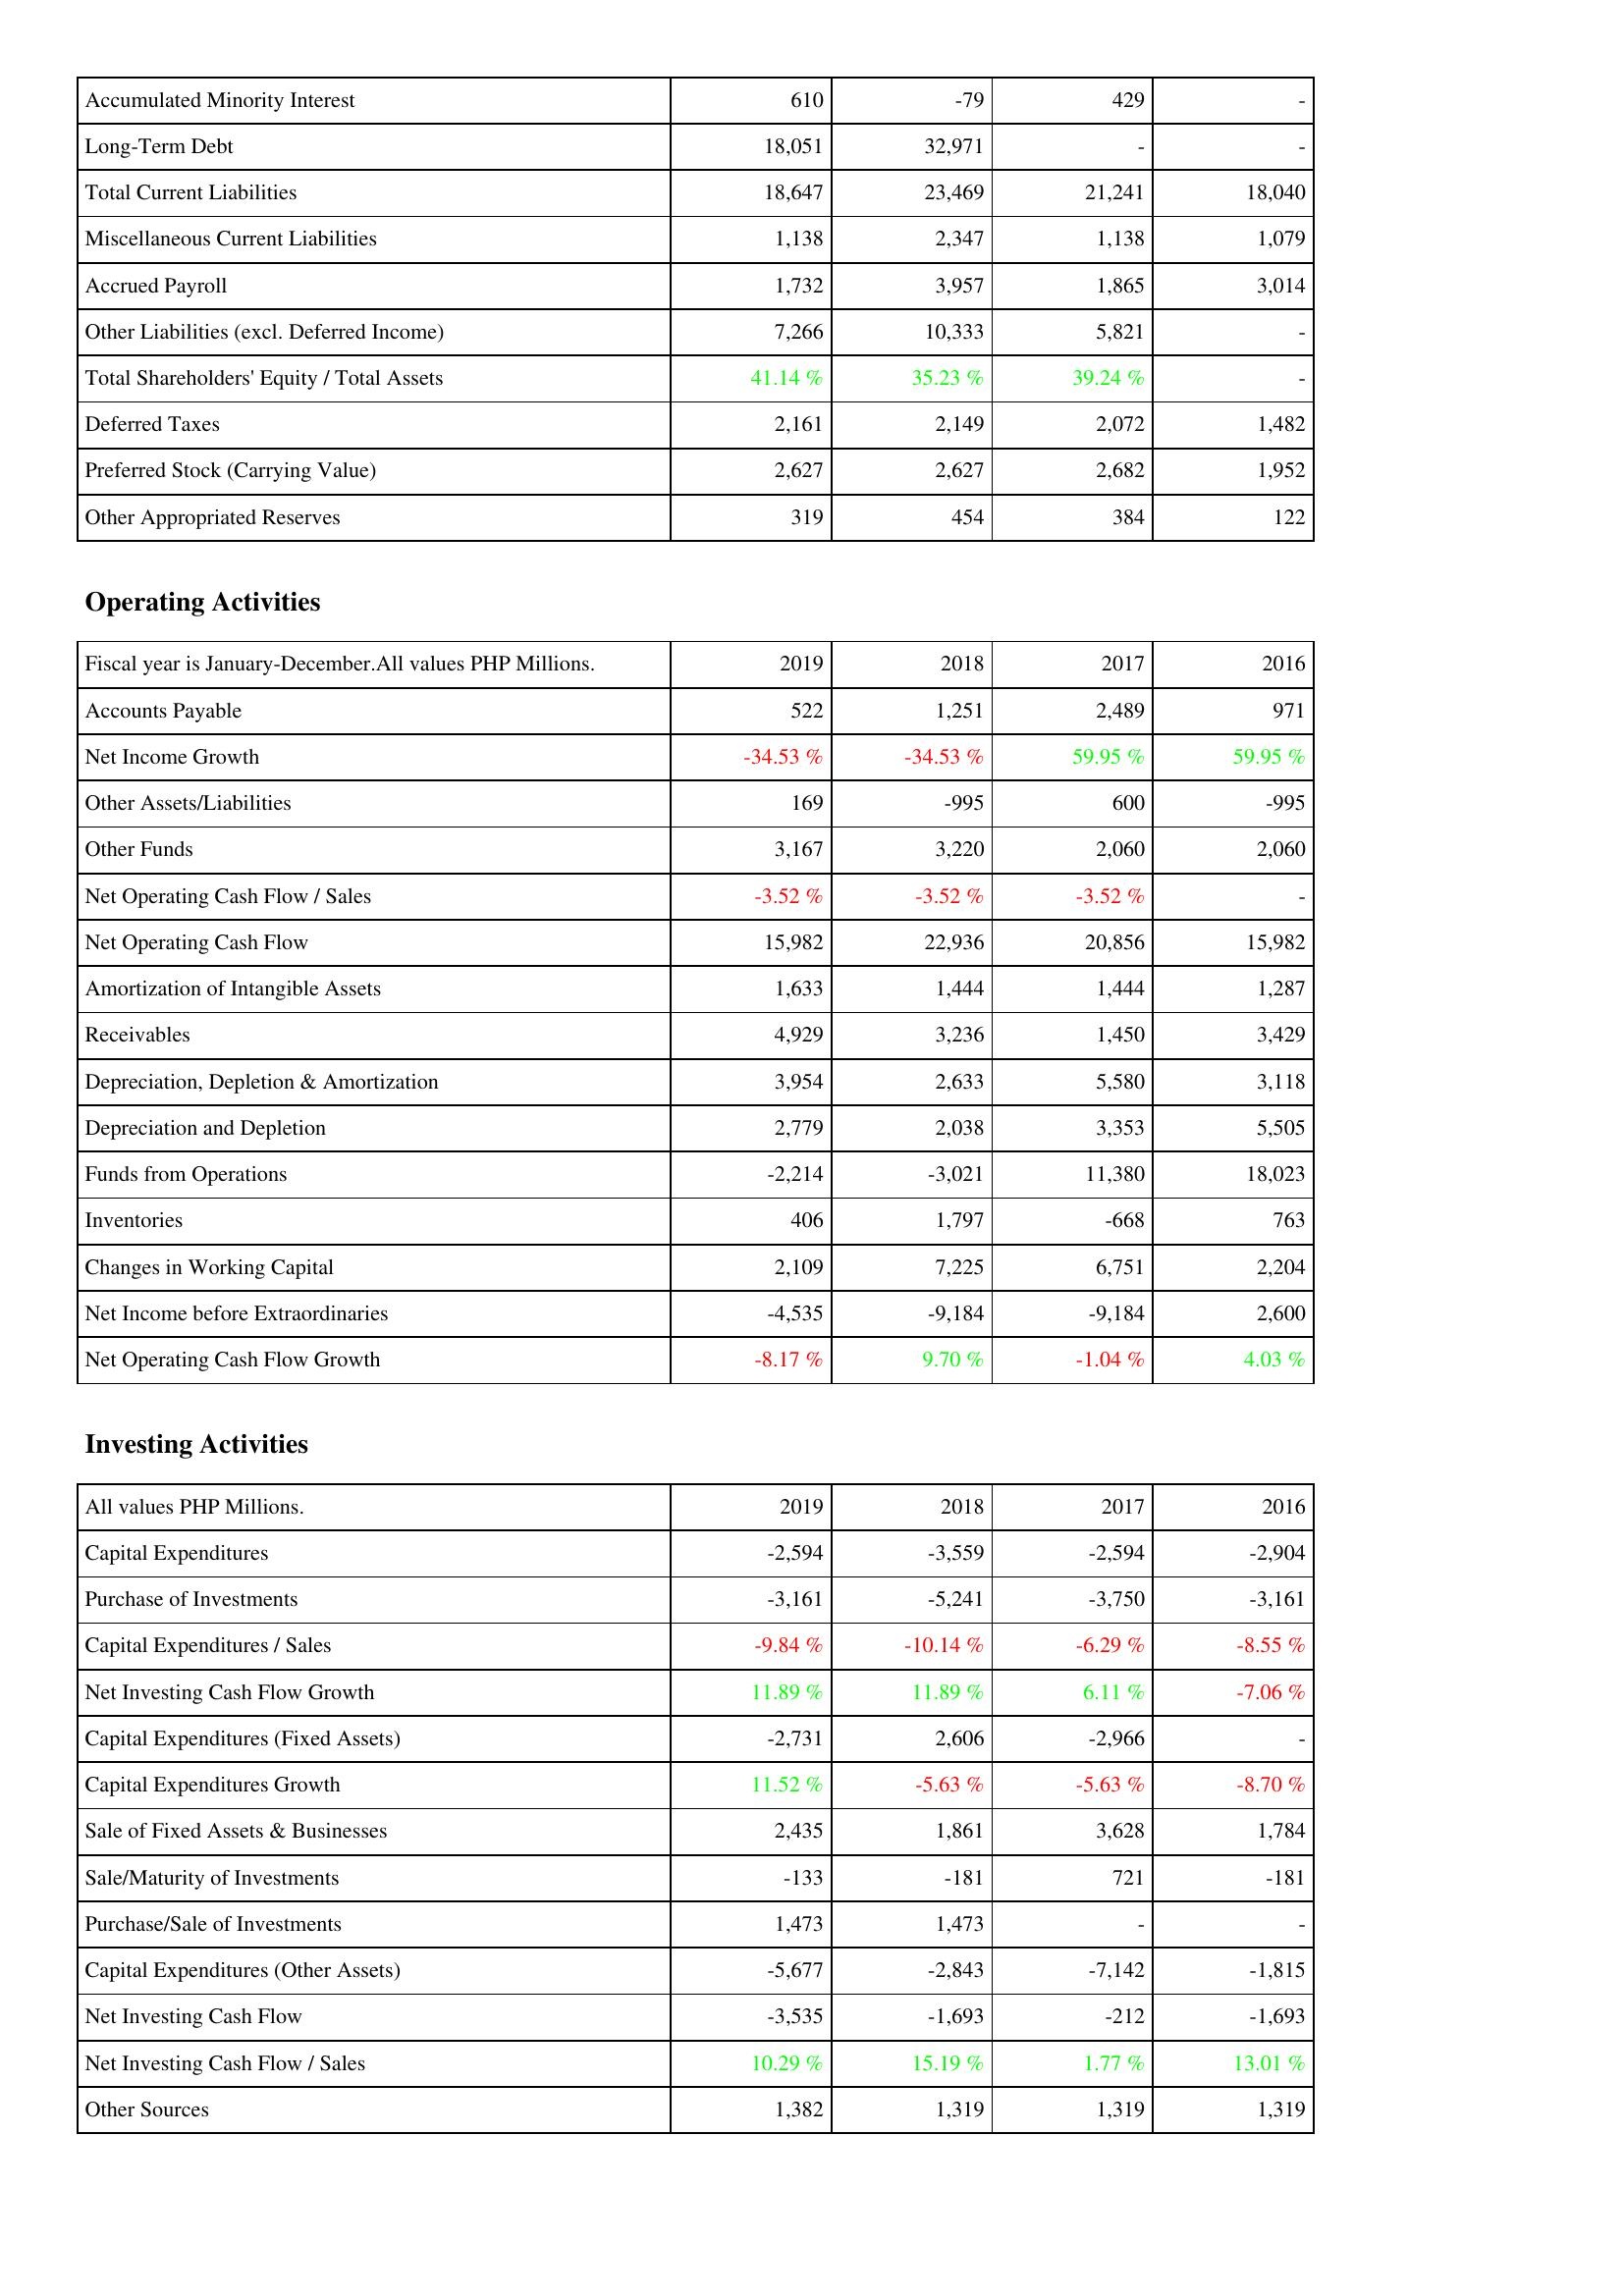
2019: Liabilities & Shareholders' Equity: Accumulated Minority Interest: 610
Long-Term Debt: 18,051
Total Current Liabilities: 18,647
Miscellaneous Current Liabilities: 1,138
Accrued Payroll: 1,732
Other Liabilities (excl. Deferred Income): 7,266
Total Shareholders' Equity / Total Assets: 41.14 %
Deferred Taxes: 2,161
Preferred Stock (Carrying Value): 2,627
Other Appropriated Reserves: 319
Operating Activities: Accounts Payable: 522
Net Income Growth: -34.53 %
Other Assets/Liabilities: 169
Other Funds: 3,167
Net Operating Cash Flow / Sales: -3.52 %
Net Operating Cash Flow: 15,982
Amortization of Intangible Assets: 1,633
Receivables: 4,929
Depreciation, Depletion & Amortization: 3,954
Depreciation and Depletion: 2,779
Funds from Operations: -2,214
Inventories: 406
Changes in Working Capital: 2,109
Net Income before Extraordinaries: -4,535
Net Operating Cash Flow Growth: -8.17 %
Investing Activities: Capital Expenditures: -2,594
Purchase of Investments: -3,161
Capital Expenditures / Sales: -9.84 %
Net Investing Cash Flow Growth: 11.89 %
Capital Expenditures (Fixed Assets): -2,731
Capital Expenditures Growth: 11.52 %
Sale of Fixed Assets & Businesses: 2,435
Sale/Maturity of Investments: -133
Purchase/Sale of Investments: 1,473
Capital Expenditures (Other Assets): -5,677
Net Investing Cash Flow: -3,535
Net Investing Cash Flow / Sales: 10.29 %
Other Sources: 1,382
2018: Liabilities & Shareholders' Equity: Accumulated Minority Interest: -79
Long-Term Debt: 32,971
Total Current Liabilities: 23,469
Miscellaneous Current Liabilities: 2,347
Accrued Payroll: 3,957
Other Liabilities (excl. Deferred Income): 10,333
Total Shareholders' Equity / Total Assets: 35.23 %
Deferred Taxes: 2,149
Preferred Stock (Carrying Value): 2,627
Other Appropriated Reserves: 454
Operating Activities: Accounts Payable: 1,251
Net Income Growth: -34.53 %
Other Assets/Liabilities: -995
Other Funds: 3,220
Net Operating Cash Flow / Sales: -3.52 %
Net Operating Cash Flow: 22,936
Amortization of Intangible Assets: 1,444
Receivables: 3,236
Depreciation, Depletion & Amortization: 2,633
Depreciation and Depletion: 2,038
Funds from Operations: -3,021
Inventories: 1,797
Changes in Working Capital: 7,225
Net Income before Extraordinaries: -9,184
Net Operating Cash Flow Growth: 9.70 %
Investing Activities: Capital Expenditures: -3,559
Purchase of Investments: -5,241
Capital Expenditures / Sales: -10.14 %
Net Investing Cash Flow Growth: 11.89 %
Capital Expenditures (Fixed Assets): 2,606
Capital Expenditures Growth: -5.63 %
Sale of Fixed Assets & Businesses: 1,861
Sale/Maturity of Investments: -181
Purchase/Sale of Investments: 1,473
Capital Expenditures (Other Assets): -2,843
Net Investing Cash Flow: -1,693
Net Investing Cash Flow / Sales: 15.19 %
Other Sources: 1,319
2017: Liabilities & Shareholders' Equity: Accumulated Minority Interest: 429
Long-Term Debt: -
Total Current Liabilities: 21,241
Miscellaneous Current Liabilities: 1,138
Accrued Payroll: 1,865
Other Liabilities (excl. Deferred Income): 5,821
Total Shareholders' Equity / Total Assets: 39.24 %
Deferred Taxes: 2,072
Preferred Stock (Carrying Value): 2,682
Other Appropriated Reserves: 384
Operating Activities: Accounts Payable: 2,489
Net Income Growth: 59.95 %
Other Assets/Liabilities: 600
Other Funds: 2,060
Net Operating Cash Flow / Sales: -3.52 %
Net Operating Cash Flow: 20,856
Amortization of Intangible Assets: 1,444
Receivables: 1,450
Depreciation, Depletion & Amortization: 5,580
Depreciation and Depletion: 3,353
Funds from Operations: 11,380
Inventories: -668
Changes in Working Capital: 6,751
Net Income before Extraordinaries: -9,184
Net Operating Cash Flow Growth: -1.04 %
Investing Activities: Capital Expenditures: -2,594
Purchase of Investments: -3,750
Capital Expenditures / Sales: -6.29 %
Net Investing Cash Flow Growth: 6.11 %
Capital Expenditures (Fixed Assets): -2,966
Capital Expenditures Growth: -5.63 %
Sale of Fixed Assets & Businesses: 3,628
Sale/Maturity of Investments: 721
Purchase/Sale of Investments: -
Capital Expenditures (Other Assets): -7,142
Net Investing Cash Flow: -212
Net Investing Cash Flow / Sales: 1.77 %
Other Sources: 1,319
2016: Liabilities & Shareholders' Equity: Accumulated Minority Interest: -
Long-Term Debt: -
Total Current Liabilities: 18,040
Miscellaneous Current Liabilities: 1,079
Accrued Payroll: 3,014
Other Liabilities (excl. Deferred Income): -
Total Shareholders' Equity / Total Assets: -
Deferred Taxes: 1,482
Preferred Stock (Carrying Value): 1,952
Other Appropriated Reserves: 122
Operating Activities: Accounts Payable: 971
Net Income Growth: 59.95 %
Other Assets/Liabilities: -995
Other Funds: 2,060
Net Operating Cash Flow / Sales: -
Net Operating Cash Flow: 15,982
Amortization of Intangible Assets: 1,287
Receivables: 3,429
Depreciation, Depletion & Amortization: 3,118
Depreciation and Depletion: 5,505
Funds from Operations: 18,023
Inventories: 763
Changes in Working Capital: 2,204
Net Income before Extraordinaries: 2,600
Net Operating Cash Flow Growth: 4.03 %
Investing Activities: Capital Expenditures: -2,904
Purchase of Investments: -3,161
Capital Expenditures / Sales: -8.55 %
Net Investing Cash Flow Growth: -7.06 %
Capital Expenditures (Fixed Assets): -
Capital Expenditures Growth: -8.70 %
Sale of Fixed Assets & Businesses: 1,784
Sale/Maturity of Investments: -181
Purchase/Sale of Investments: -
Capital Expenditures (Other Assets): -1,815
Net Investing Cash Flow: -1,693
Net Investing Cash Flow / Sales: 13.01 %
Other Sources: 1,319